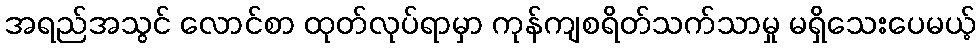
အရည်အသွင် လောင်စာ ထုတ်လုပ်ရာမှာ ကုန်ကျစရိတ်သက်သာမှု မရှိသေးပေမယ့်